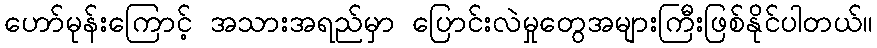
ဟော်မုန်းကြောင့် အသားအရည်မှာ ပြောင်းလဲမှုတွေအများကြီးဖြစ်နိုင်ပါတယ်။